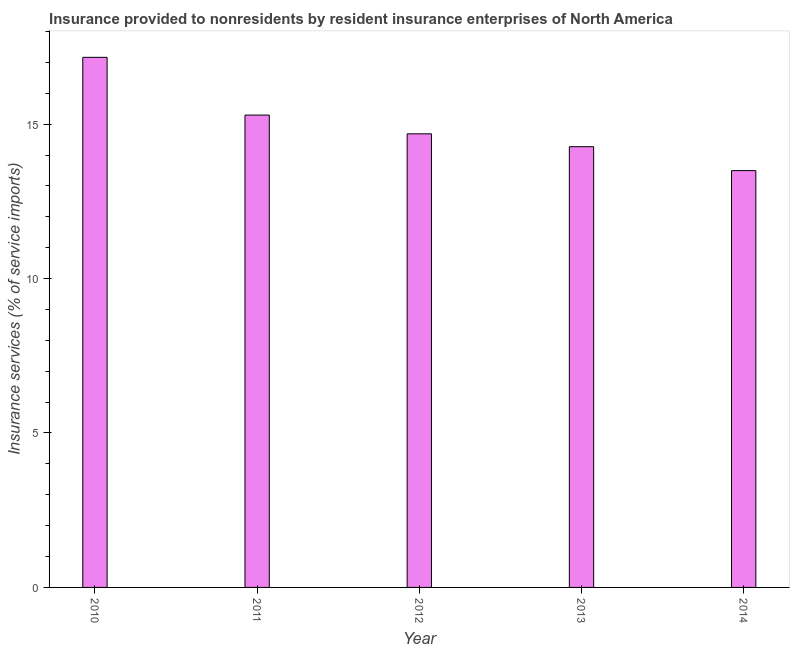
| Year | Insurance and financial services |
 | --- | --- |
 | 2010 | 17.2 |
 | 2011 | 15.3 |
 | 2012 | 14.7 |
 | 2013 | 14.3 |
 | 2014 | 13.5 |